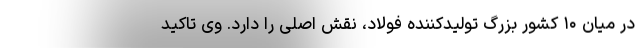
در میان ۱۰ کشور بزرگ تولیدکننده فولاد، نقش اصلی را دارد. وی تاکید